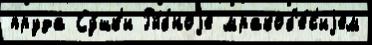
пруда Су́шк'и Ры́бноjе мракоб'е́с'иjем